Scottish Leaving Certificate Examination, 1958
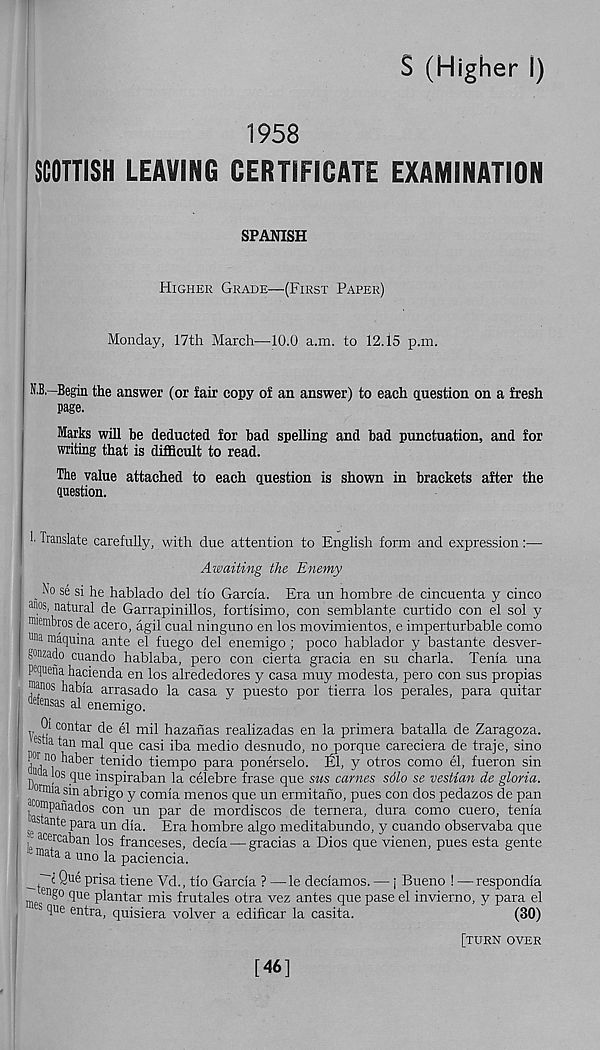
S (Higher I)
1958
SCOTTISH LEAVING CERTIFICATE EXAMINATION
SPANISH
Higher Grade—(First Paper)
Monday, 17th March—10.0 a.m. to 12.15 p.m.
N.B.—Begin the answer (or fair copy of an answer) to each question on a fresh
page.
Marks will be deducted for bad spelling and bad punctuation, and for
writing that is difficult to read.
The value attached to each question is shown in brackets after the
question.
' translate carefully, with due attention to English form and expression:—
Awaiting the Enemy
No se si he hablado del tio Garcia. Era un hombre de cincuenta y cinco
a " os ’ natural de Garrapinillos, fortisimo, con semblante curtido con el sol y
mianbros de acero, agil cual ninguno en los movimientos, e imperturbable como
tlna m aquina ante el fuego del enemigo ; poco hablador y bastante desver-
gmzado cuando hablaba, pero con cierta gracia en su charla. Tenia una
P e quena hacienda en los alrededores y casa muy modesta, pero con sus propias
,, nabia arrasado la casa y puesto por tierra los perales, para quitar
d *nsas al enemigo.
0i contar de el mil hazanas realizadas en la primera batalla de Zaragoza.
es la tun mal que casi iba medio desnudo, no porque careciera de traje, sino
P°r no haber tenido tiempo para ponerselo. fil, y otros como el, fueron sin
a ;°s que inspiraban la celebre frase que sus carnes sdlo se vestian de gloria.
rmia sm abrigo y comia menos que un ermitano, pues con dos pedazos de pan
wipanados con un par de mordiscos de ternera, dura como cuero, tenia
ie
an te para un dia. Era hombre algo meditabundo, y cuando observaba que
I acerc ahan los franceses, decia — gracias a Dios que vienen, pues esta gente
L fflata a uno la paciencia.
."i Q u 6 prisatiene Vd., tio Garcia ? —le deciamos. — | Bueno ! —respondia
me en^0 ' dUe P daiT ta.r mis frutales otra vez antes que pase el invierno, y para el
b que entra, quisiera volver a edificar la casita.
(30)
[turn over
[46]